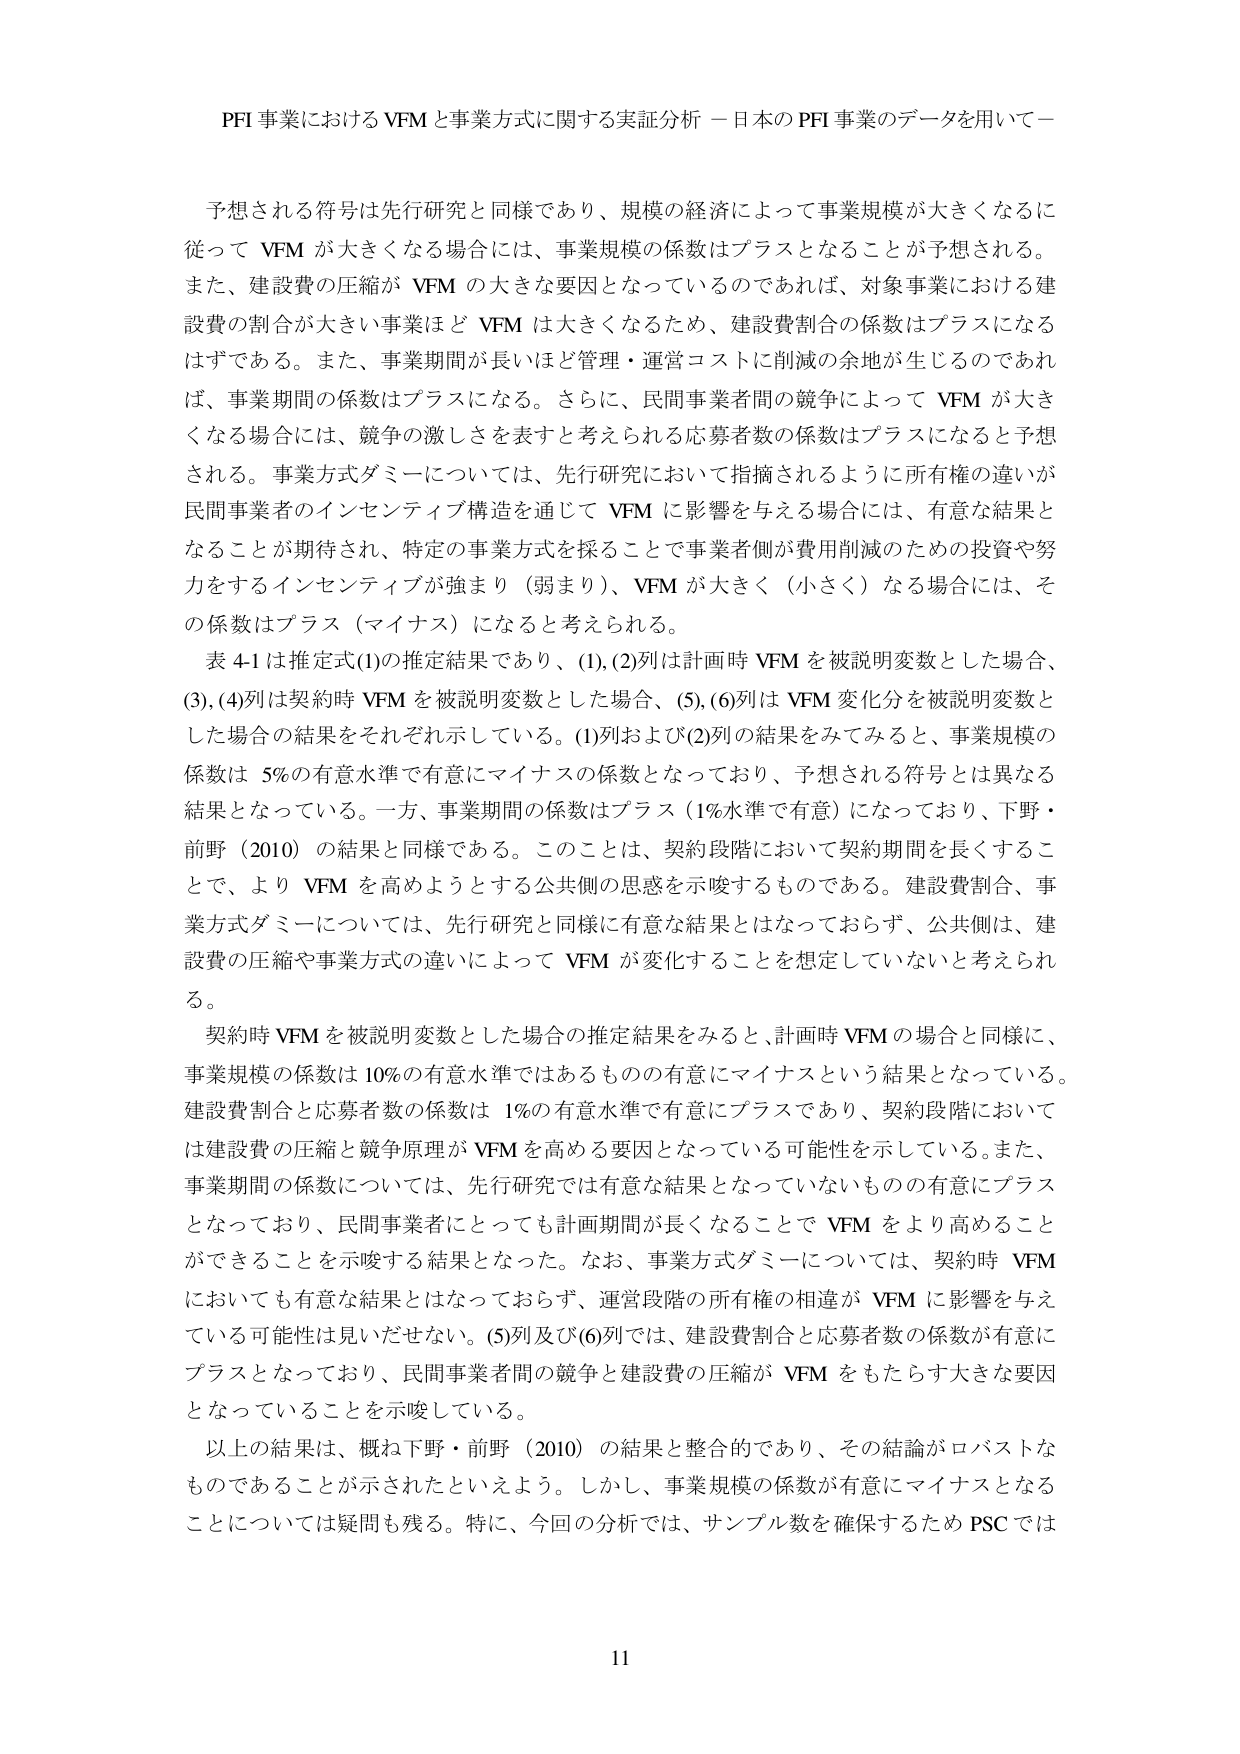
PFI 事業における VFM と事業方式に関する実証分析 －日本の PFI 事業のデータを用いて－

予想される符号は先行研究と同様であり、規模の経済によって事業規模が大きくなるに従って VFM が大きくなる場合には、事業規模の係数はプラスとなることが予想される。また、建設費の圧縮が VFM の大きな要因となっているのであれば、対象事業における建設費の割合が大きい事業ほど VFM は大きくなるため、建設費割合の係数はプラスになるはずである。また、事業期間が長いほど管理・運営コストに削減の余地が生じるのであれば、事業期間の係数はプラスになる。さらに、民間事業者間の競争によって VFM が大きくなる場合には、競争の激しさを表すと考えられる応募者数の係数はプラスになると予想される。事業方式ダミーについては、先行研究において指摘されるように所有権の違いが民間事業者のインセンティブ構造を通じて VFM に影響を与える場合には、有意な結果となることが期待され、特定の事業方式を採ることで事業者側が費用削減のための投資や努力をするインセンティブが強まり（弱まり）、VFM が大きく（小さく）なる場合には、その係数はプラス（マイナス）になると考えられる。

表 4-1 は推定式(1)の推定結果であり、(1), (2)列は計画時 VFM を被説明変数とした場合、(3), (4)列は契約時 VFM を被説明変数とした場合、(5), (6)列は VFM 変化分を被説明変数とした場合の結果をそれぞれ示している。(1)列および(2)列の結果をみてみると、事業規模の係数は 5%の有意水準で有意にマイナスの係数となっており、予想される符号とは異なる結果となっている。一方、事業期間の係数はプラス（1%水準で有意）になっており、下野・前野（2010）の結果と同様である。このことは、契約段階において契約期間を長くすることで、より VFM を高めようとする公共側の思惑を示唆するものである。建設費割合、事業方式ダミーについては、先行研究と同様に有意な結果とはなっておらず、公共側は、建設費の圧縮や事業方式の違いによって VFM が変化することを想定していないと考えられる。

契約時 VFM を被説明変数とした場合の推定結果をみると、計画時 VFM の場合と同様に、事業規模の係数は 10%の有意水準ではあるものの有意にマイナスという結果となっている。建設費割合と応募者数の係数は 1%の有意水準で有意にプラスであり、契約段階においては建設費の圧縮と競争原理が VFM を高める要因となっている可能性を示している。また、事業期間の係数については、先行研究では有意な結果となっていないものの有意にプラスとなっており、民間事業者にとっても計画期間が長くなることで VFM をより高めることができるることを示唆する結果となった。なお、事業方式ダミーについては、契約時 VFM においても有意な結果とはなっておらず、運営段階の所有権の相違が VFM に影響を与えている可能性は見いだせない。(5)列及び(6)列では、建設費割合と応募者数の係数が有意にプラスとなっており、民間事業者間の競争と建設費の圧縮が VFM をもたらす大きな要因となっていることを示唆している。

以上の結果は、概ね下野・前野（2010）の結果と整合的であり、その結論がロバストなものであることが示されたといえよう。しかし、事業規模の係数が有意にマイナスとなることについては疑問も残る。特に、今回の分析では、サンプル数を確保するため PSC では

11